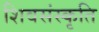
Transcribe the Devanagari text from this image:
शिवसंस्कृति